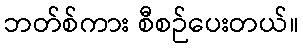
ဘတ်စ်ကား စီစဉ်ပေးတယ်။